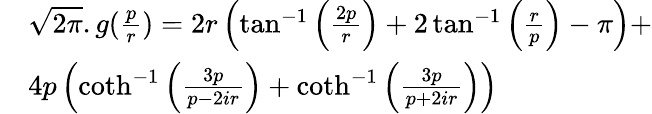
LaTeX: \begin{array}{rl}&{{\sqrt{2\pi}}.g(\frac pr)=2r\left(\tan^{-1}\left(\frac{2p}{r}\right)+2\tan^{-1}\left(\frac{r}{p}\right)-\pi\right)+}\\ &{4p\left(\coth^{-1}\left(\frac{3p}{p-2ir}\right)+\coth^{-1}\left(\frac{3p}{p+2ir}\right)\right)}\end{array}